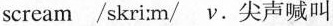
scream /skri:m/ν.尖声喊叫